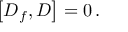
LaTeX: \left[ D _ { f } , D \right] = 0 \, .